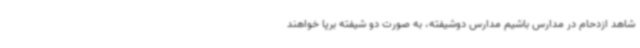
شاهد ازدحام در مدارس باشیم مدارس دوشیفته، به صورت دو شیفته برپا خواهند